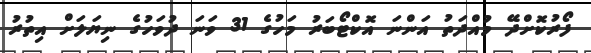
ފޯރުކޮށްދޭ މުއްދަތު އަންނަ އޮކްޓޯބަރު މަހުގެ 31 ވަނަ ދުވަހުގެ ނިޔަލަށް އިތުރު